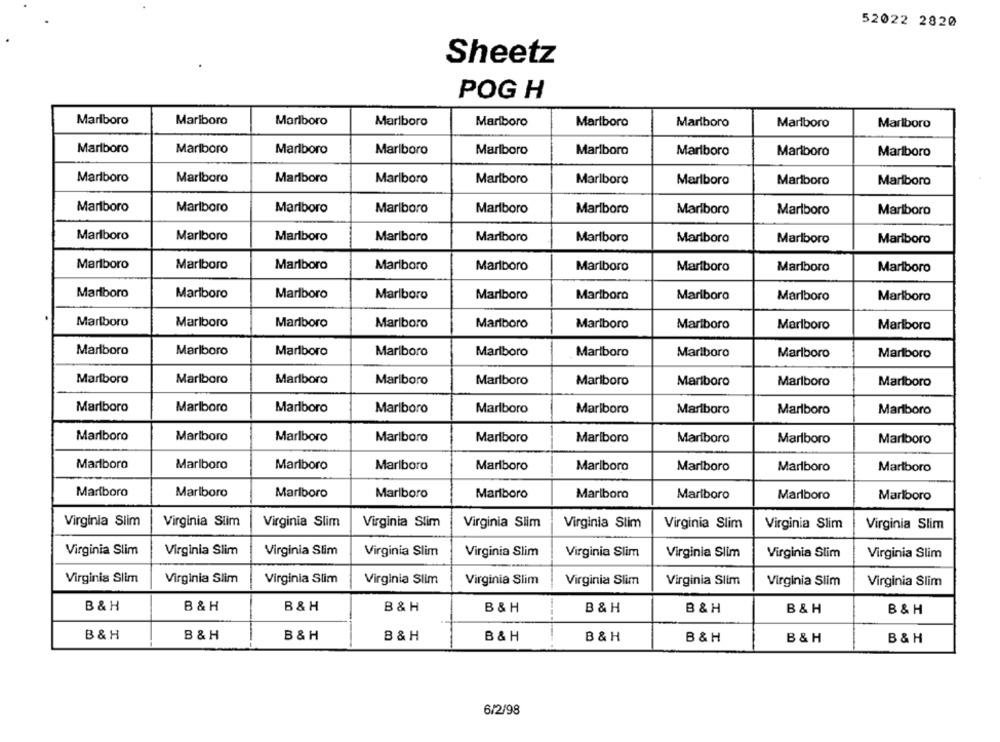
52022 2820
Sheetz
POG H
Marlboro
Marlboro
Marlboro
Marlboro
Marlboro
Marlboro
Marlboro
Marlboro
Marlboro
Marlboro
Marlboro
Marlboro
Marlboro
Marlboro
Marlboro
Marlboro
Marlboro
Marlboro
Marlboro
Marlboro
Marlboro
Marlboro
Marlboro
Marlboro
Marlboro
Marlboro
Marlboro
Marlboro
Marlboro
Marlboro
Marlboro
Marlboro
Marlboro
Marlboro
Marlboro
Marlboro
Marlboro
Marlboro
Marlboro
Marlboro
Marlboro
Marlboro
Marlboro
Marlboro
Marlboro
Marlboro
Marlboro
Marlboro
Marlboro
Marlboro
Marlboro
Marlboro
Marlboro
Marlboro
Marlboro
Marlboro
Marlboro
Marlboro
Marlboro
Marlboro
Marlboro
Marlboro
Marlboro
Marlboro
Marlboro
Marlboro
Marlboro
Marlboro
Marlboro
Marlboro
Marlboro
Marlboro
Marlboro
Marlboro
Marlboro
Marlboro
Marlboro
Marlboro
Marlboro
Marlboro
Marlboro
Marlboro
Marlboro
Marlboro
Marlboro
Marlboro
Marlboro
Marlboro
Marlboro
Marlboro
Marlboro
Marlboro
Marlboro
Marlboro
Marlboro
Marlboro
Marlboro
Marlboro
Marlboro
Marlboro
Marlboro
Marlboro
Marlboro
Marlboro
Marlboro
Marlboro
Marlboro
Marlboro
Marlboro
Marlboro
Marlboro
Marlboro
Marlboro
Marlboro
Marlboro
Marlboro
Marlboro
Marlboro
Marlboro
Marlboro
Marlboro
Marlboro
Marlboro
Marlboro
Marlboro
Marlboro
Virginia Siim
Virginia Slim
Virginia Slim
Virginia Slim
Virginia Slim
Virginia Slim
Virginia Slim
Virginia Slim
Virginia Slim
Virginia Slim
Virginia Slim
Virginia Slim
Virginia Slim
Virginia Slim
Virginia Slim
Virginia Slim
Virginia Slim
Virginia Slim
Virginia Slim
Virginia Slim
Virginia Slim
Virginia Slim
Virginia Slim
Virginia Slim
Virginia Slim
Virginia Slim
Virginia Slim
B & H
B & H
B &H
B & H
B & H
B & H
B & H
B & H
B & H
B& H
B & H
B &H
B & H
B & H
B & H
B & H
B & H
B & H
6/2/98